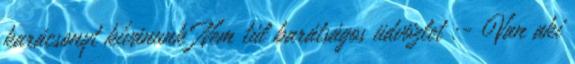
karácsonyt kívánunk Nem túl barátságos üdvözlet :- Van aki